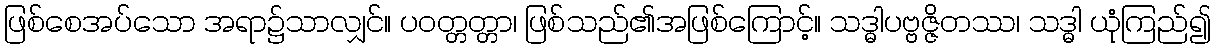
ဖြစ်စေအပ်သော အရာ၌သာလျှင်။ ပဝတ္တတ္တာ၊ ဖြစ်သည်၏အဖြစ်ကြောင့်။ သဒ္ဓါပဗ္ဗဇ္ဇိတဿ၊ သဒ္ဓါ ယုံကြည်၍